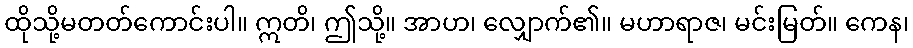
ထိုသို့မတတ်ကောင်းပါ။ ဣတိ၊ ဤသို့။ အာဟ၊ လျှောက်၏။ မဟာရာဇ၊ မင်းမြတ်။ ကေန၊